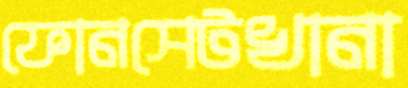
ফোনসেটখানা